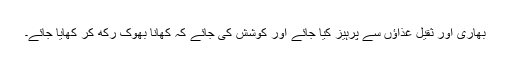
بھاری اور ثقیل غذاؤں سے پرہیز کیا جائے اور کوشش کی جائے کہ کھانا بھوک رکھ کر کھایا جائے۔